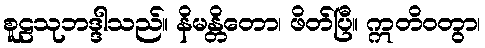
စူဠသုဘဒ္ဒါသည်။ နိမန္တိတော၊ ဖိတ်ပြီ။ ဣတိဝတွာ၊